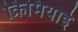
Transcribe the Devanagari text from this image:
क्रिमियाई